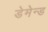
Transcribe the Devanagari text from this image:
डेमेन्ड